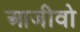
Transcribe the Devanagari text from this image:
आजीवो